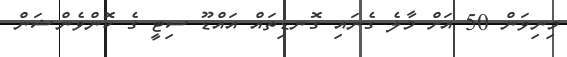
މިނިވަން 50 އަށް މާލެ ގެނައި ގޮނޑިތައް އައްޑޫ ސިޓީ ގެ ކޮންވެންޝަން